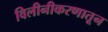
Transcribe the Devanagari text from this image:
विलीनीकरणातून